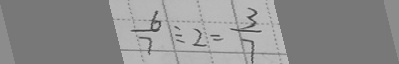
\frac { 6 } { 7 } \div 2 = \frac { 3 } { 7 }